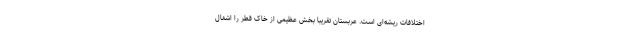
اختلافات ریشه‌ای است. عربستان تقریبا بخش عظیمی از خاک قطر را اشغال